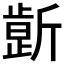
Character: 𰕤